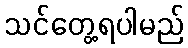
သင်တွေ့ရပါမည်